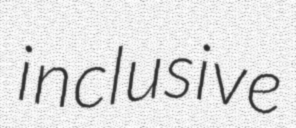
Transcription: inclusive